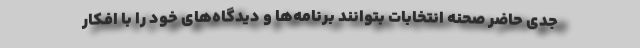
جدی حاضر صحنه انتخابات بتوانند برنامه‌ها و دیدگاه‌های خود را با افکار